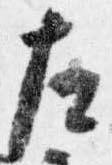
左